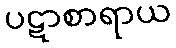
ပဋာစာရာယ